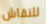
للنقاش